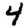
Digit: 4